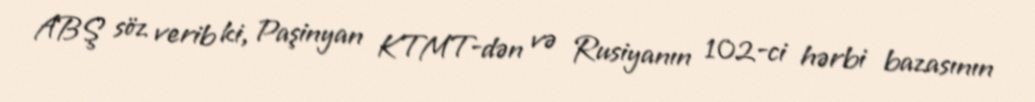
ABŞ söz verib ki, Paşinyan KTMT-dən və Rusiyanın 102-ci hərbi bazasının